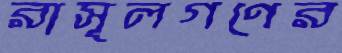
রাসূলগণের